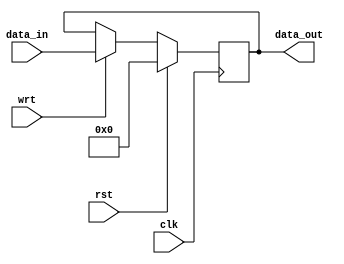
module gen_reg
#(
	parameter DATA_WIDTH = 12
)
(
	(* X_INTERFACE_PARAMETER = "FREQ_HZ 125000000" *)
	input wire [DATA_WIDTH - 1:0] data_in,
	input wire clk,
	input wire wrt,
	input wire rst,
	output wire [DATA_WIDTH - 1:0] data_out
);

reg [DATA_WIDTH - 1:0] int_data_reg;

always @(posedge clk)
begin
    if (rst)
        int_data_reg = 0;
    else if (wrt)
        int_data_reg = data_in;
    else
        int_data_reg = int_data_reg;
end
assign data_out = int_data_reg;
endmodule